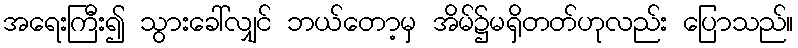
အရေးကြီး၍ သွားခေါ်လျှင် ဘယ်တော့မှ အိမ်၌မရှိတတ်ဟုလည်း ပြောသည်။